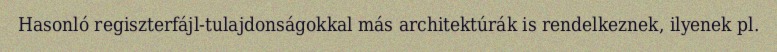
Hasonló regiszterfájl-tulajdonságokkal más architektúrák is rendelkeznek, ilyenek pl.